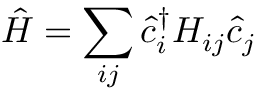
\hat { H } = \sum _ { i j } \hat { c } _ { i } ^ { \dag } H _ { i j } \hat { c } _ { j }